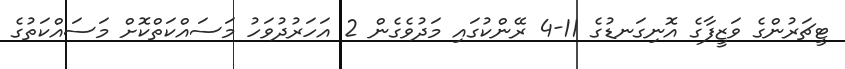
ޓީޗަރުންގެ ވަޒީފާގެ އޮނިގަނޑުގެ 11-4 ރޭންކުގައި މަދުވެގެން 2 އަހަރުދުވަހު މަސައްކަތްކޮށް މަސައްކަތުގެ